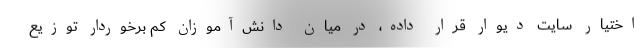
اختیار سایت دیوار قرار داده، در میان دانش‌‌آموزان کم برخوردار توزیع